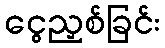
ငွေညှစ်ခြင်း